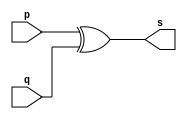
// ---------------------
// Exemplo0005 - xor
// Nome: Josu
// ---------------------

// ---------------------
// -- xor gate
// ---------------------
module xorgate (output [0:3] s, input  [0:3] p, input  [0:3] q);
	assign s = p ^ q;
endmodule // xor

// ---------------------
// -- test xorgate
// ---------------------
module testxorgate;
	// ------------------------- dados locais
   	reg  [0:3] a,b; // definir registrador
	wire [0:3] s;   // definir conexao (fio)
	
	// ------------------------- instancia
   	xorgate XOR1 (s, a, b);

	// ------------------------- preparacao
	initial begin:start
		a=4'b0011;   // 4 valores binarios
       	b=4'b0101;   // 4 valores binarios
   	end
	
   	// ------------------------- parte principal
	initial begin:main
		$display("Exemplo0005 - xxx yyy zzz - 999999");
        $display("Test xor gate");
		$display("\n  a     ^    b    =     s\n");
        $monitor("%b ^ %b = %b", a, b, s);

	  	#1     a=0; 		 b=0; // valores decimais
		#1     a=4'b0010; 	 b=4'b0001; // valores binarios
	  	#1     a=4'd1;       b=3; // decimal e decimal
	  	#1     a=4'o5;       b=2; // octal   e decimal
	  	#1     a=4'hA;       b=3; // hexadecimal e decimal
	  	#1     a=4'h9;       b=4'o3; // hexadecimal e octal
	end
endmodule // testxorgate